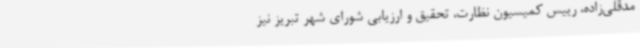
مدقلی‌زاده، رییس کمیسیون نظارت، تحقیق و ارزیابی شورای شهر تبریز نیز